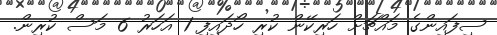
ސިފައިންގެ މައްޗަށް ހަރިކޭން ކުރި ހޯދައިފި 1 އަހަރު 6 މަސް ކުރިން.